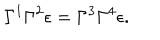
\Gamma ^ { 1 } \Gamma ^ { 2 } \epsilon = \Gamma ^ { 3 } \Gamma ^ { 4 } \epsilon .